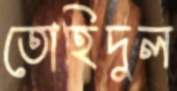
তোহিদুল